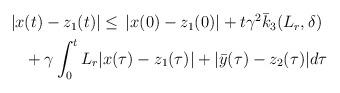
LaTeX: \begin{align*}\begin{aligned}|x&(t)-z_1(t)| \le \,|x(0)-z_1(0)| + t\gamma^2 \bar{k}_3(L_r,\delta) \\&+ \gamma \int_0^tL_r|x(\tau)-z_1(\tau)| + |\bar{y}(\tau)-z_2(\tau)|d\tau\end{aligned}\end{align*}